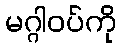
မဂ္ဂါဝပ်ကို